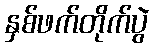
နှစ်ဖက်တိုက်ပွဲ